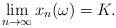
LaTeX: \begin{align*}\lim_{n \to \infty} x_n(\omega)=K.\end{align*}